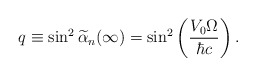
\begin{align*}q \equiv \sin^{2} \widetilde{\alpha}_n (\infty) = \sin^{2} \left( \frac{V_{0} \Omega}{\hbar c} \right). \end{align*}